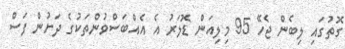
ގޮތުގައި ލިބެން ޖެހޭ 95 މިލިއަން ޑޮލަރު އެ އެއްބަސްވުންތަކުގެ ދަށުން ފަސް